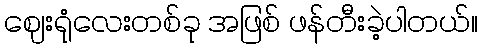
ဈေးရုံလေးတစ်ခု အဖြစ် ဖန်တီးခဲ့ပါတယ်။